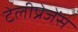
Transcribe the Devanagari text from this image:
टेलीप्रेजेंस